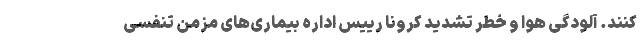
کنند. آلودگی هوا و خطر تشدید کرونا رییس اداره بیماری‌های مزمن تنفسی